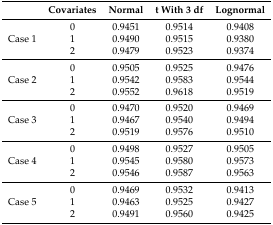
<table><thead><tr><td></td><td><b>Covariates</b></td><td><b>Normal</b></td><td><b>t With 3 df</b></td><td><b>Lognormal</b></td></tr></thead><tbody><tr><td rowspan="3">Case 1</td><td>0</td><td>0.9451</td><td>0.9514</td><td>0.9408</td></tr><tr><td>1</td><td>0.9490</td><td>0.9515</td><td>0.9380</td></tr><tr><td>2</td><td>0.9479</td><td>0.9523</td><td>0.9374</td></tr><tr><td rowspan="3">Case 2</td><td>0</td><td>0.9505</td><td>0.9525</td><td>0.9476</td></tr><tr><td>1</td><td>0.9542</td><td>0.9583</td><td>0.9544</td></tr><tr><td>2</td><td>0.9552</td><td>0.9618</td><td>0.9519</td></tr><tr><td rowspan="3">Case 3</td><td>0</td><td>0.9470</td><td>0.9520</td><td>0.9469</td></tr><tr><td>1</td><td>0.9467</td><td>0.9540</td><td>0.9494</td></tr><tr><td>2</td><td>0.9519</td><td>0.9576</td><td>0.9510</td></tr><tr><td rowspan="3">Case 4</td><td>0</td><td>0.9498</td><td>0.9527</td><td>0.9505</td></tr><tr><td>1</td><td>0.9545</td><td>0.9580</td><td>0.9573</td></tr><tr><td>2</td><td>0.9546</td><td>0.9587</td><td>0.9563</td></tr><tr><td rowspan="3">Case 5</td><td>0</td><td>0.9469</td><td>0.9532</td><td>0.9413</td></tr><tr><td>1</td><td>0.9463</td><td>0.9525</td><td>0.9427</td></tr><tr><td>2</td><td>0.9491</td><td>0.9560</td><td>0.9425</td></tr></tbody></table>